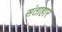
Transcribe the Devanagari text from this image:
संताहार